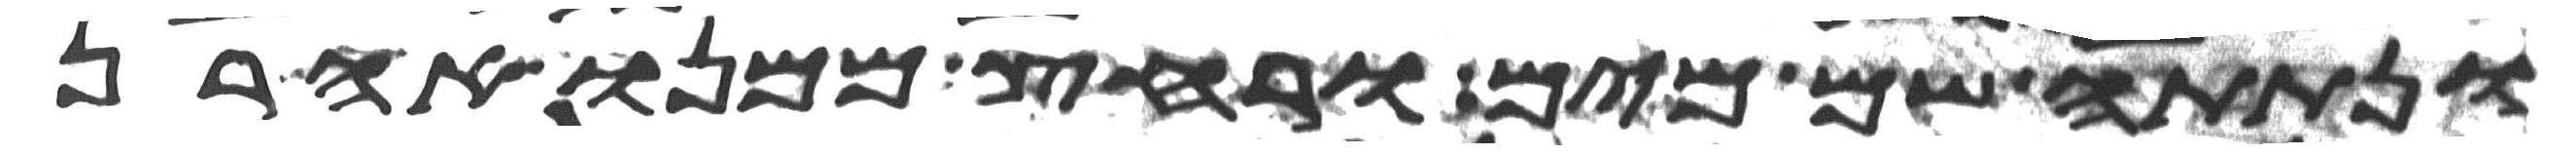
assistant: ונתתה שם מים ורחץ ממנו אהרן